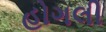
હોગલી